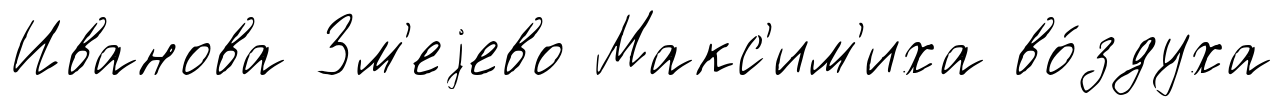
Иванова Зм'еjево Макс'им'иха во́здуха